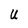
Character: U